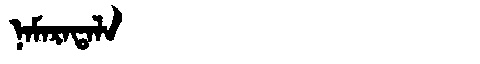
Manchu: ᠨᠠᠮᠠᡵᠠᡨᠠᠯᠠ
Romanization: NAMARATALA